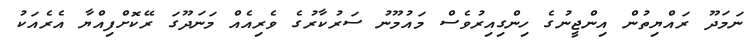
ނަމަދޫ ރައްޔިތުން އިންޖީނުގެ ހިންގިއިރުވެސް މައުމޫނު ސަރުކާރުގެ ވެރިއެއް މަނަދޫގަ ރޭކޮށްފިއްޔާ އެރެއަކު